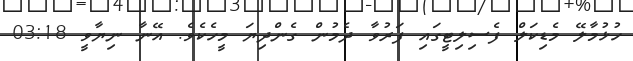
ހުޅުމާލޭ މެޑިކަލް ފެސިލިޓީގައި ފަރުވާ ދެމުން ގެންދިޔަ މީހެކެވެ. އޭނާ ނިޔާވީ 03:18